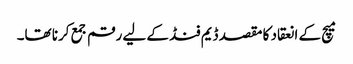
میچ کے انعقاد کا مقصد ڈیم فنڈ کے لیے رقم جمع کرنا تھا۔